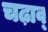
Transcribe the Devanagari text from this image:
चढ़ाव्